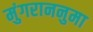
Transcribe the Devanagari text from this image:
मुंगराननुमा